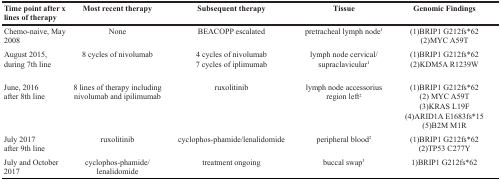
<table><thead><tr><td><b>Time point after x lines of therapy</b></td><td><b>Most recent therapy</b></td><td><b>Subsequent therapy</b></td><td><b>Tissue</b></td><td><b>Genomic Findings</b></td></tr></thead><tbody><tr><td>Chemo-naive, May 2008</td><td>None</td><td>BEACOPP escalated</td><td>pretracheal lymph node<sup>1</sup></td><td>(1)BRIP1 G212fs*62(2)MYC A59T</td></tr><tr><td>August 2015,during 7th line</td><td>8 cycles of nivolumab</td><td>4 cycles of nivolumab7 cycles of iplimumab</td><td>lymph node cervical/supraclavicular<sup>1</sup></td><td>(1)BRIP1 G212fs*62(2)KDM5A R1239W</td></tr><tr><td>June, 2016after 8th line</td><td>8 lines of therapy including nivolumab and ipilimumab</td><td>ruxolitinib</td><td>lymph node accessorius region left<sup>2</sup></td><td>(1)BRIP1 G212fs*62(2) MYC A59T(3)KRAS L19F(4)ARID1A E1683fs*15(5)B2M M1R</td></tr><tr><td>July 2017after 9th line</td><td>ruxolitinib</td><td>cyclophos-phamide/lenalidomide</td><td>peripheral blood<sup>2</sup></td><td>(1)BRIP1 G212fs*62(2)TP53 C277Y</td></tr><tr><td>July and October 2017</td><td>cyclophos-phamide/lenalidomide</td><td>treatment ongoing</td><td>buccal swap<sup>3</sup></td><td>1)BRIP1 G212fs*62</td></tr></tbody></table>